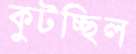
কুটচ্ছিল